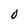
Character: O